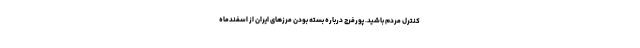
کنترل مردم باشید. پورفرج درباره بسته بودن مرزهای ایران از اسفندماه